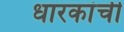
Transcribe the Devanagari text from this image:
धारकांची